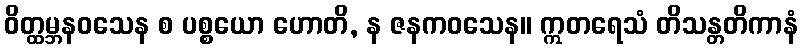
ဝိတ္ထမ္ဘနဝသေန စ ပစ္စယော ဟောတိ, န ဇနကဝသေန။ ဣတရေသံ တိသန္တတိကာနံ